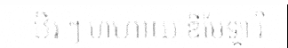
ឋិរ ៗ ហហាយ ឌីមែឡា រ៊ិ